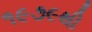
૧૯૭૯થી